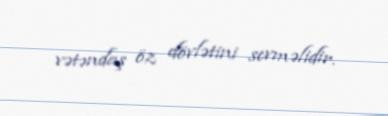
vətəndaş öz dövlətini sevməlidir.